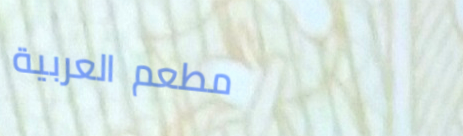
مطعم العربية